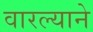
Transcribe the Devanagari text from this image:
वारल्याने